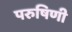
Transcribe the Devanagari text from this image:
परुषिणी